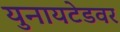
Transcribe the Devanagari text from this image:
युनायटेडवर